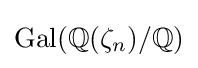
\operatorname {Gal} (\mathbb {Q} (\zeta _{n})/\mathbb {Q} )